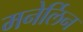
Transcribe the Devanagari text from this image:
मनेर्लिन